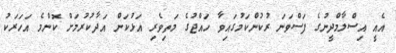
އެއީ އިސްލާމްދީނުގެ ފަސްވަނަ ރުކުންކަމުގައިވާ ހައްޖުގެ މަތިވެރި އަޅުކަން އަދާކުރުމަށް ކޮންމެ އަހަރަކު